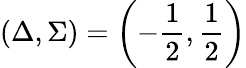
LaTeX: \left(\Delta,\Sigma\right)=\left(-\frac{1}{2},\frac{1}{2}\right)